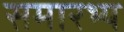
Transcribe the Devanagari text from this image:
समारभ्य